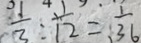
\frac { 1 } { 3 } : \frac { 1 } { 1 2 } = \frac { 1 } { 3 6 }